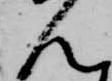
ん